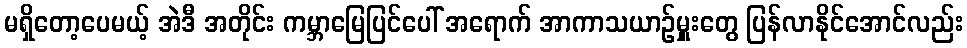
မရှိတော့ပေမယ့် အဲဒီ အတိုင်း ကမ္ဘာမြေပြင်ပေါ် အရောက် အာကာသယာဉ်မှူးတွေ ပြန်လာနိုင်အောင်လည်း